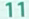
11